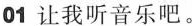
01让我听音乐吧。